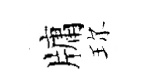
牗珎